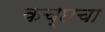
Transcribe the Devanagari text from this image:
कच्छचा